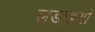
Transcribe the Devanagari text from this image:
लडा़इयों